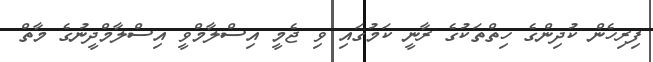
ފިރިހެން ކުދިންގެ ހިތްތަކުގެ ރާނީ ކަމުގައި ވި ޖެމީ އިސްލާމްވީ އިސްލާމްދީނުގެ މާތް